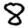
Digit: 8